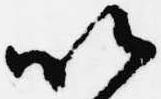
以